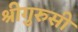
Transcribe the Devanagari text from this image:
श्रीगुरुसी